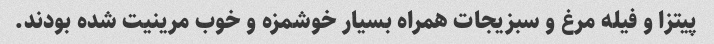
پیتزا و فیله مرغ و سبزیجات همراه بسیار خوشمزه و خوب مرینیت شده بودند.